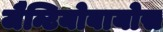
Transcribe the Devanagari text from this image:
जैन्टियोबायोस